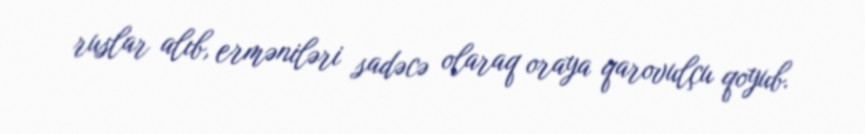
ruslar alıb, erməniləri sadəcə olaraq oraya qarovulçu qoyub.